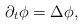
LaTeX: \begin{align*}\partial_t\phi =\Delta\phi,\end{align*}